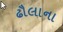
ઢૌલાના